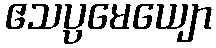
ဧသပ္ပမေယျော